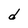
Character: d